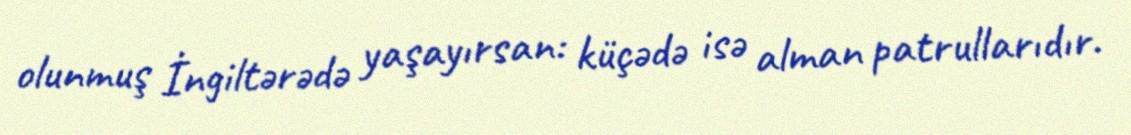
olunmuş İngiltərədə yaşayırsan: küçədə isə alman patrullarıdır.